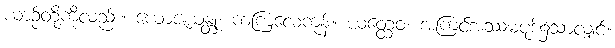
ယာဉ်တို့ကိုလည်း။ ယောဇယန္တု၊ ကကြလေကုန်။ ယတ္ထေဝ၊ အကြင်အဿမပုဒ်၌သာလျှင်။